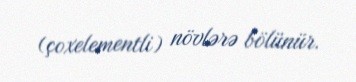
(çoxelementli) növlərə bölünür.